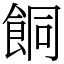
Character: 餇